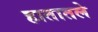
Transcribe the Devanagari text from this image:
हातातले